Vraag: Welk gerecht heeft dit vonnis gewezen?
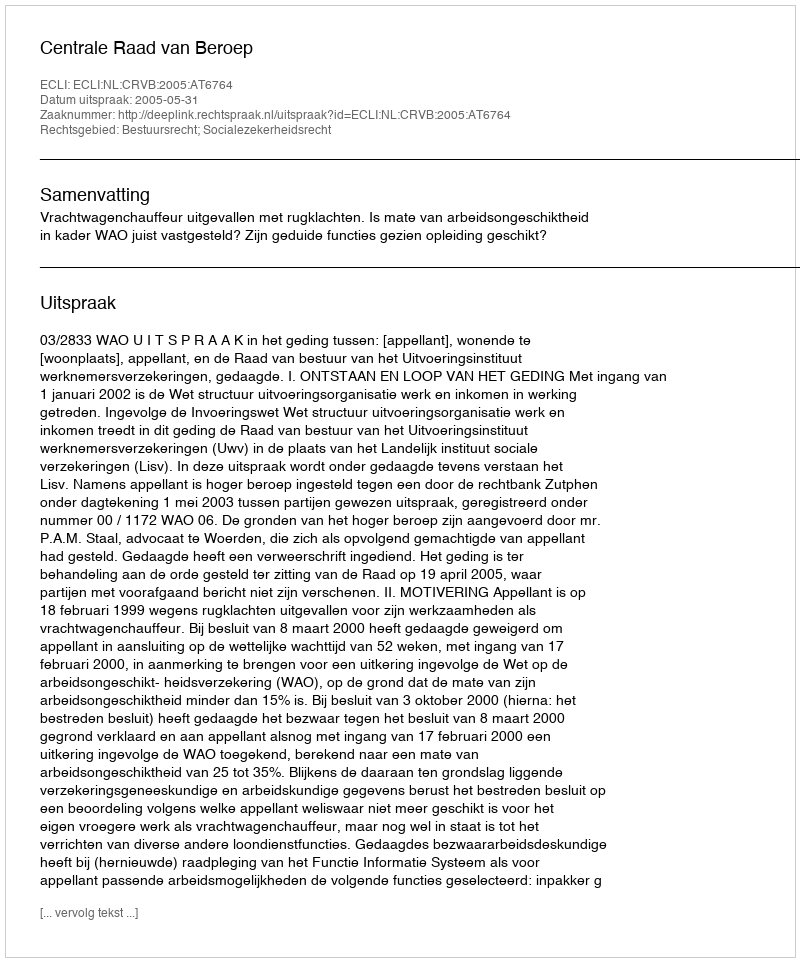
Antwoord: Centrale Raad van Beroep